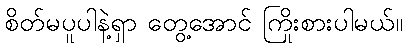
စိတ်မပူပါနဲ့ရှာ တွေ့အောင် ကြိုးစားပါမယ်။